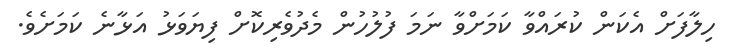
ހިލާފަށް އެކަން ކުރައްވާ ކަމަށްވާ ނަމަ ފުލުހުން މެދުވެރިކޮށް ފިޔަވަޅު އަޅާނެ ކަމަށެވެ.